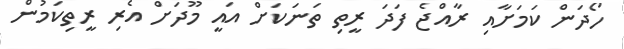
ހޯދަން ކަމަށާއި ރާއްޖެ ފަދަ ރީތި ތަނަކަށް އައީ މޫދަށް އެރި ރީތިކަމުން